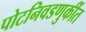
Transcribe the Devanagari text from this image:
पोटनिवडणुकींत